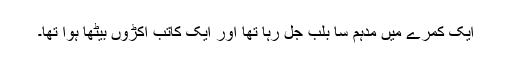
ایک کمرے میں مدہم سا بلب جل رہا تھا اور ایک کاتب اکڑوں بیٹھا ہوا تھا۔